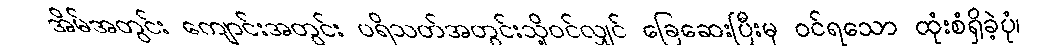
အိမ်အတွင်း ကျောင်းအတွင်း ပရိသတ်အတွင်းသို့ဝင်လျှင် ခြေဆေးပြီးမှ ဝင်ရသော ထုံးစံရှိခဲ့ပုံ၊